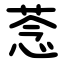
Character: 菍